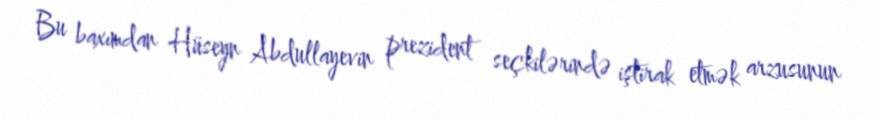
Bu baxımdan Hüseyn Abdullayevin prezident seçkilərində iştirak etmək arzusunun